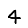
Digit: 4